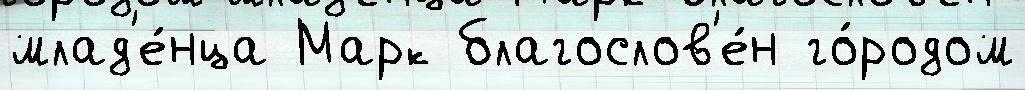
млад'е́нца Марк благослов'е́н го́родом